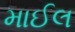
માઈલ